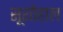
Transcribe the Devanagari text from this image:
सूरतेहाल